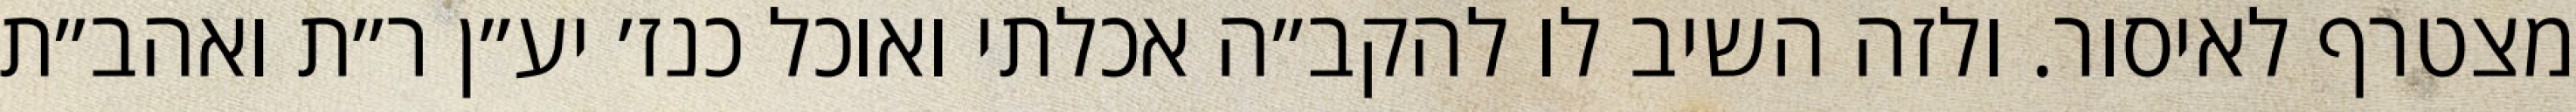
מצטרף לאיסור. ולזה השיב לו להקב״ה אכלתי ואוכל כנז׳ יע״ן ר״ת ואהב״ת